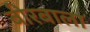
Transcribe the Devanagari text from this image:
बीरबाला